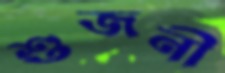
শুজনী